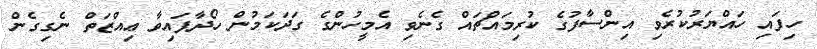
ހިފައި ހައްޔަރުކުރެވި އިންސާފުގެ ކުރިމައްޗައް ގެނެވި އެމީހުންގެ ގަދަކަމުން ހޯދާފައިވާ ޢިއްޒަތް ނެގިގެން